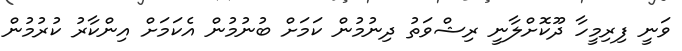
ވަނީ ފިރިމީހާ ދޫކޮށްލާނީ ރިޝްވަތު ދިނުމުން ކަމަށް ބުނުމުން އެކަމަށް އިންކާރު ކުރުމުން